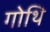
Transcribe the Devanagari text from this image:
गोथि